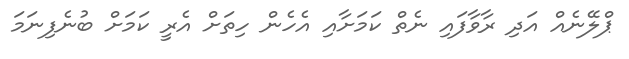
ޕްލޭނެއް އަދި ރާވާފައި ނެތް ކަމަށާއި އެހެން ހިތަށް އެރީ ކަމަށް ބުނެފިނަމަ